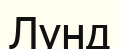
Лунд